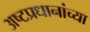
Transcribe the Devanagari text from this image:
अष्टप्रधानांच्या